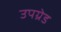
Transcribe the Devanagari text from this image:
उपग्रेड